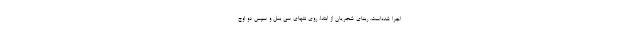
اجرا شده‌است. ربنای شجریان از ابتدا، روی نتهای سی بمل و سپس دو اوج